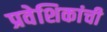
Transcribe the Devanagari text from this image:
प्रवेशिकांची